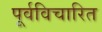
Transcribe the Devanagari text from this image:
पूर्वविचारित